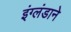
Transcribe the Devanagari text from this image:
इंग्लंडाने